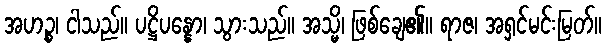
အဟဉ္စ၊ ငါသည်။ ပဋ္ဌိပန္နော၊ သွားသည်။ အသ္မိ၊ ဖြစ်ချေ၏။ ရာဇ၊ အရှင်မင်းမြတ်။